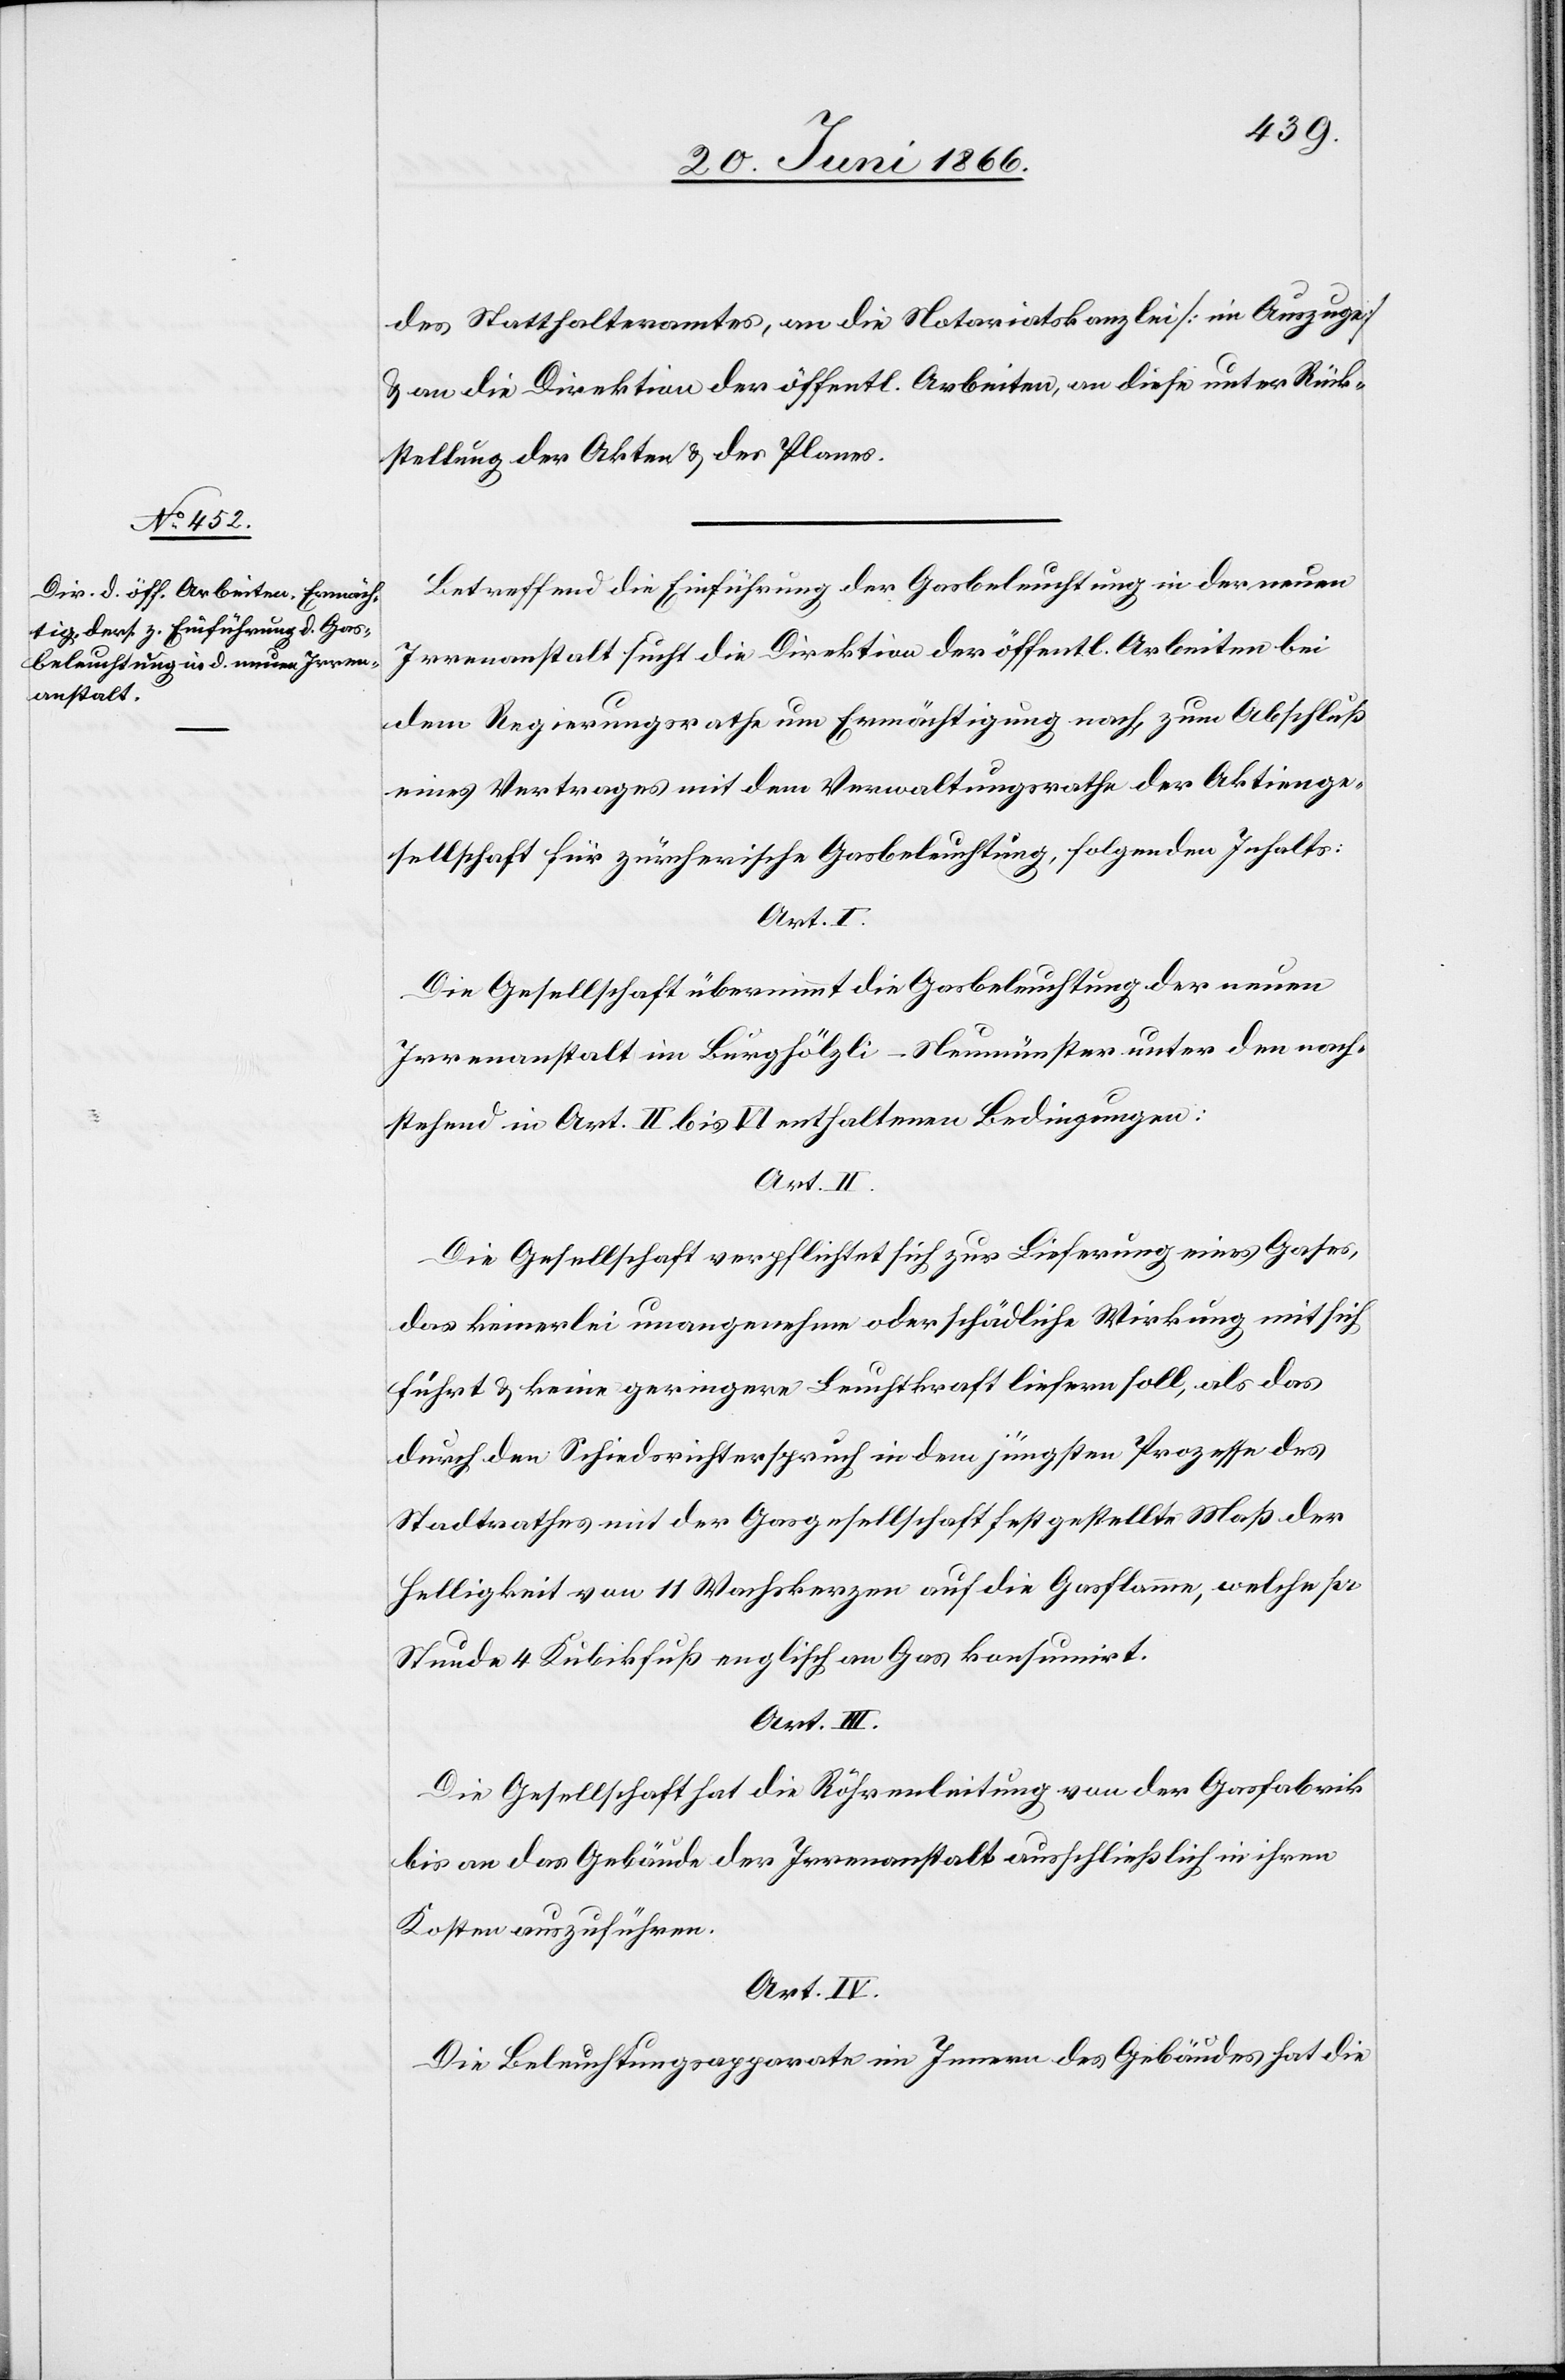
des Statthalteramtes, an die Notariatskanzlei [im Auszuge]
u. an die Direktion der öffentl. Arbeiten, an diese unter Rück¬
stellung der Akten u. des Planes.
Betreffend die Einführung der Gasbeleuchtung in der neuen
Irrenanstalt sucht die Direktion der öffentl. Arbeiten bei
dem Regierungsrathe um Ermächtigung nach, zum Abschluß
eines Vertrages mit dem Verwaltungsrathe der Aktienge¬
sellschaft für zürcherische Gasbeleuchtung, folgenden Inhalts:
Art. I.
Die Gesellschaft übernimmt die Gasbeleuchtung der neuen
Irrenanstalt im Burghölzli-Neumünster unter den nach¬
stehend in Art. II bis VI enthaltenen Bedingungen:
Die Gesellschaft verpflichtet sich zur Lieferung eines Gases,
das keinerlei unangenehme oder schädliche Wirkung mit sich
führt u. keine geringere Leuchtkraft liefern soll, als das
durch den Schiedsrichterspruch in dem jüngsten Prozesse des
Stadtrathes mit der Gasgesellschaft festgestellte Maß der
Helligkeit von 11 Wachskerzen auf die Gasflamme, welche pr.
Stunde 4 Kubikfuß englisch an Gas konsumirt.
Art. III.
Die Gesellschaft hat die Röhrenleitung von der Gasfabrik
bis an das Gebäude der Irrenanstalt ausschließlich in ihren
Kosten auszuführen.
Art. IV.
Die Beleuchtungsapparate im Innern des Gebäudes hat die